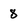
Character: 8